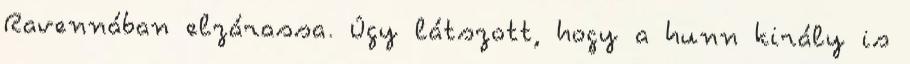
Ravennában elzárassa. Úgy látszott, hogy a hunn király is